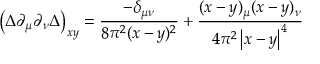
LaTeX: \left( \Delta \partial _ { \mu } \partial _ { \nu } \Delta \right) _ { x y } = \frac { - \delta _ { \mu \nu } } { 8 \pi ^ { 2 } ( x - y ) ^ { 2 } } + \frac { ( x - y ) _ { \mu } ( x - y ) _ { \nu } } { 4 \pi ^ { 2 } \left| x - y \right| ^ { 4 } }